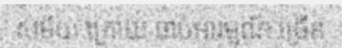
សម័យ ក្រោយ ចាប់អារម្មណ៍ ច្រើន